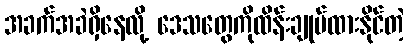
အခက်အခဲရှိနေလို့ ဒေသတွေကိုထိန်းချုပ်ထားနိုင်တဲ့